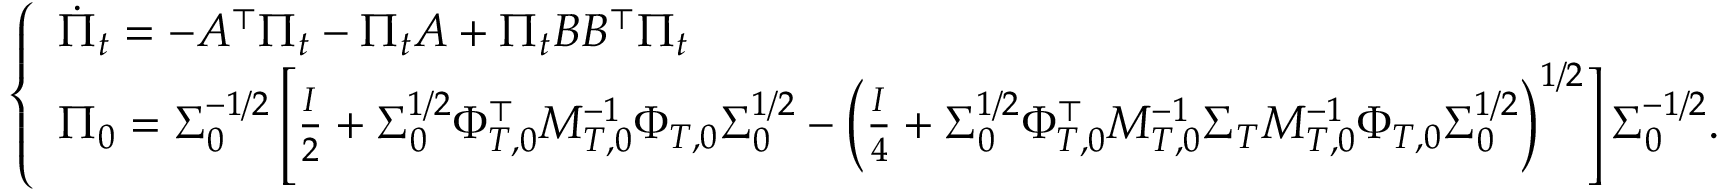
\begin{array} { r } { \left\{ \begin{array} { l l } { \dot { \Pi } _ { t } = - A ^ { \top } \Pi _ { t } - \Pi _ { t } A + \Pi _ { t } B B ^ { \top } \Pi _ { t } } \\ { \Pi _ { 0 } = \Sigma _ { 0 } ^ { - 1 / 2 } \left[ \frac { I } { 2 } + \Sigma _ { 0 } ^ { 1 / 2 } \Phi _ { T , 0 } ^ { \top } M _ { T , 0 } ^ { - 1 } \Phi _ { T , 0 } \Sigma _ { 0 } ^ { 1 / 2 } - \left( \frac { I } { 4 } + \Sigma _ { 0 } ^ { 1 / 2 } \Phi _ { T , 0 } ^ { \top } M _ { T , 0 } ^ { - 1 } \Sigma _ { T } M _ { T , 0 } ^ { - 1 } \Phi _ { T , 0 } \Sigma _ { 0 } ^ { 1 / 2 } \right) ^ { 1 / 2 } \right] \Sigma _ { 0 } ^ { - 1 / 2 } . } \end{array} \right. } \end{array}